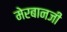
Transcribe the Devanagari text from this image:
मेरबानजी